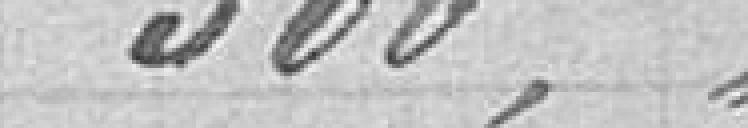
300